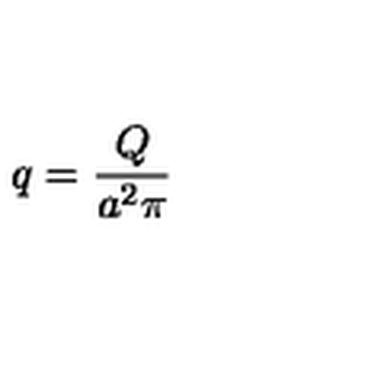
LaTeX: q = \frac { Q } { a ^ { 2 } \pi }